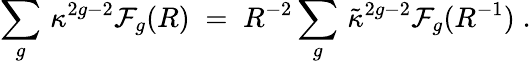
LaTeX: \sum_{g}\, \kappa^{2g-2}{\cal F}_{g}(R)\; =\; R^{-2}\sum_{g}\, \tilde{\kappa}^{2g-2}{\cal F}_{g}(R^{-1})\; .